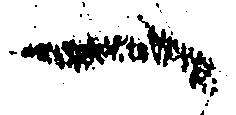
へ